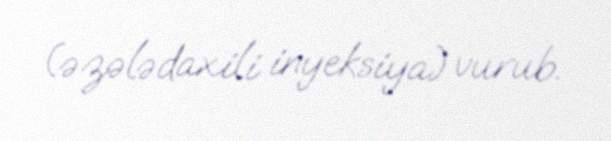
(əzələdaxili inyeksiya) vurub.